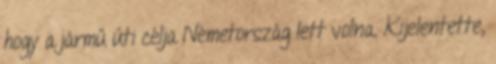
hogy a jármű úti célja Németország lett volna. Kijelentette,